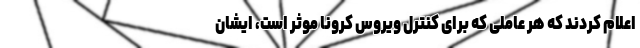
اعلام کردند که هر عاملی که برای کنترل ویروس کرونا موثر است، ایشان